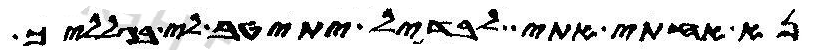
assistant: נא אחתי אתי לבדיל יתיטב לי בגלליך